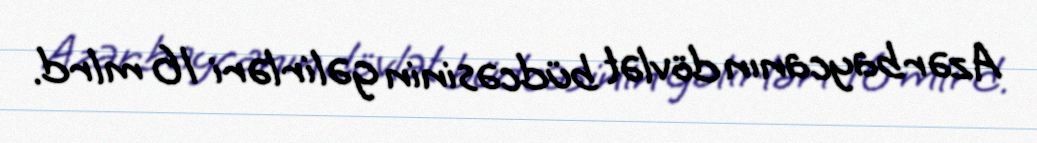
Azərbaycanın dövlət büdcəsinin gəlirləri 16 mlrd.